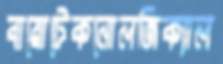
বায়োটেকনোলজিক্যাল